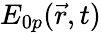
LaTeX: E_{0p}(\vec{r},t)